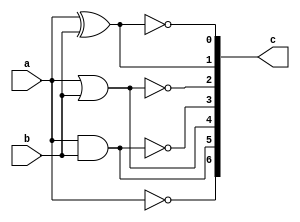
`timescale 1ns / 1ps
//////////////////////////////////////////////////////////////////////////////////
// Company: 
// Engineer: 
// 
// Design Name: 
// Module Name: gates_df
// Project Name: 
// Target Devices: 
// Tool Versions: 
// Description: 
// 
// Dependencies: 
// 
// Revision:
// Revision 0.01 - File Created
// Additional Comments:
// 
//////////////////////////////////////////////////////////////////////////////////


module gates_df(
input a,input b,output [0:6]c
    );
assign c[0]=~a; 
assign c[1]=a&b;
assign c[2]=a|b;
assign c[3]=~(a&b);
assign c[4]=~(a|b);
assign c[5]=a^b;
assign c[6]=~(a^b);   
endmodule